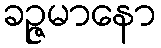
ခဉ္ဇမာနော